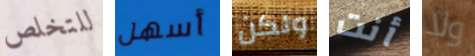
للتخلص أسهل ولكن أنت ولا